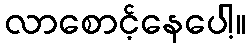
လာစောင့်နေပေါ့။